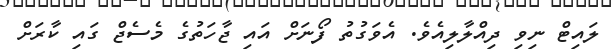
ލައިޓް ނިވި ދިއްލާލިއެވެ. އެވަގުތު ފޯނަށް އައި ޖާހަތުގެ މެސެޖް ގައި ކާރަށް